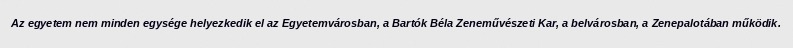
Az egyetem nem minden egysége helyezkedik el az Egyetemvárosban, a Bartók Béla Zeneművészeti Kar, a belvárosban, a Zenepalotában működik.